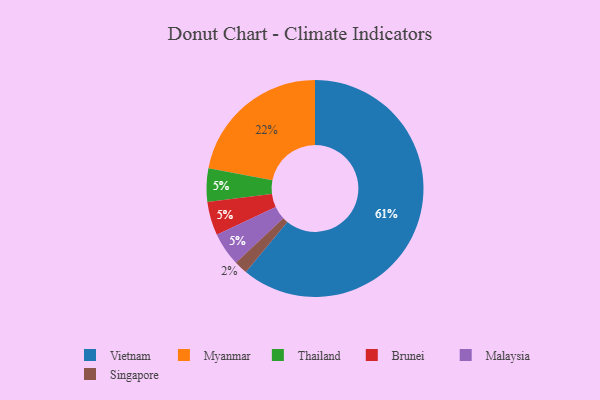
{"axis": {"x": "Category", "y": "Percentage"}, "legend": ["Brunei", "Malaysia", "Myanmar", "Singapore", "Thailand", "Vietnam"], "data": [{"x": "Thailand", "y": 5, "type": "Thailand"}, {"x": "Vietnam", "y": 61, "type": "Vietnam"}, {"x": "Singapore", "y": 2, "type": "Singapore"}, {"x": "Brunei", "y": 5, "type": "Brunei"}, {"x": "Malaysia", "y": 5, "type": "Malaysia"}, {"x": "Myanmar", "y": 22, "type": "Myanmar"}]}